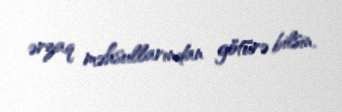
ərzaq məhsullarından götürə bilsin.